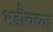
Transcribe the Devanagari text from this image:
भडौचच्या